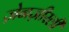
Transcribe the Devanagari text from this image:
ज़ेनज़ीरली